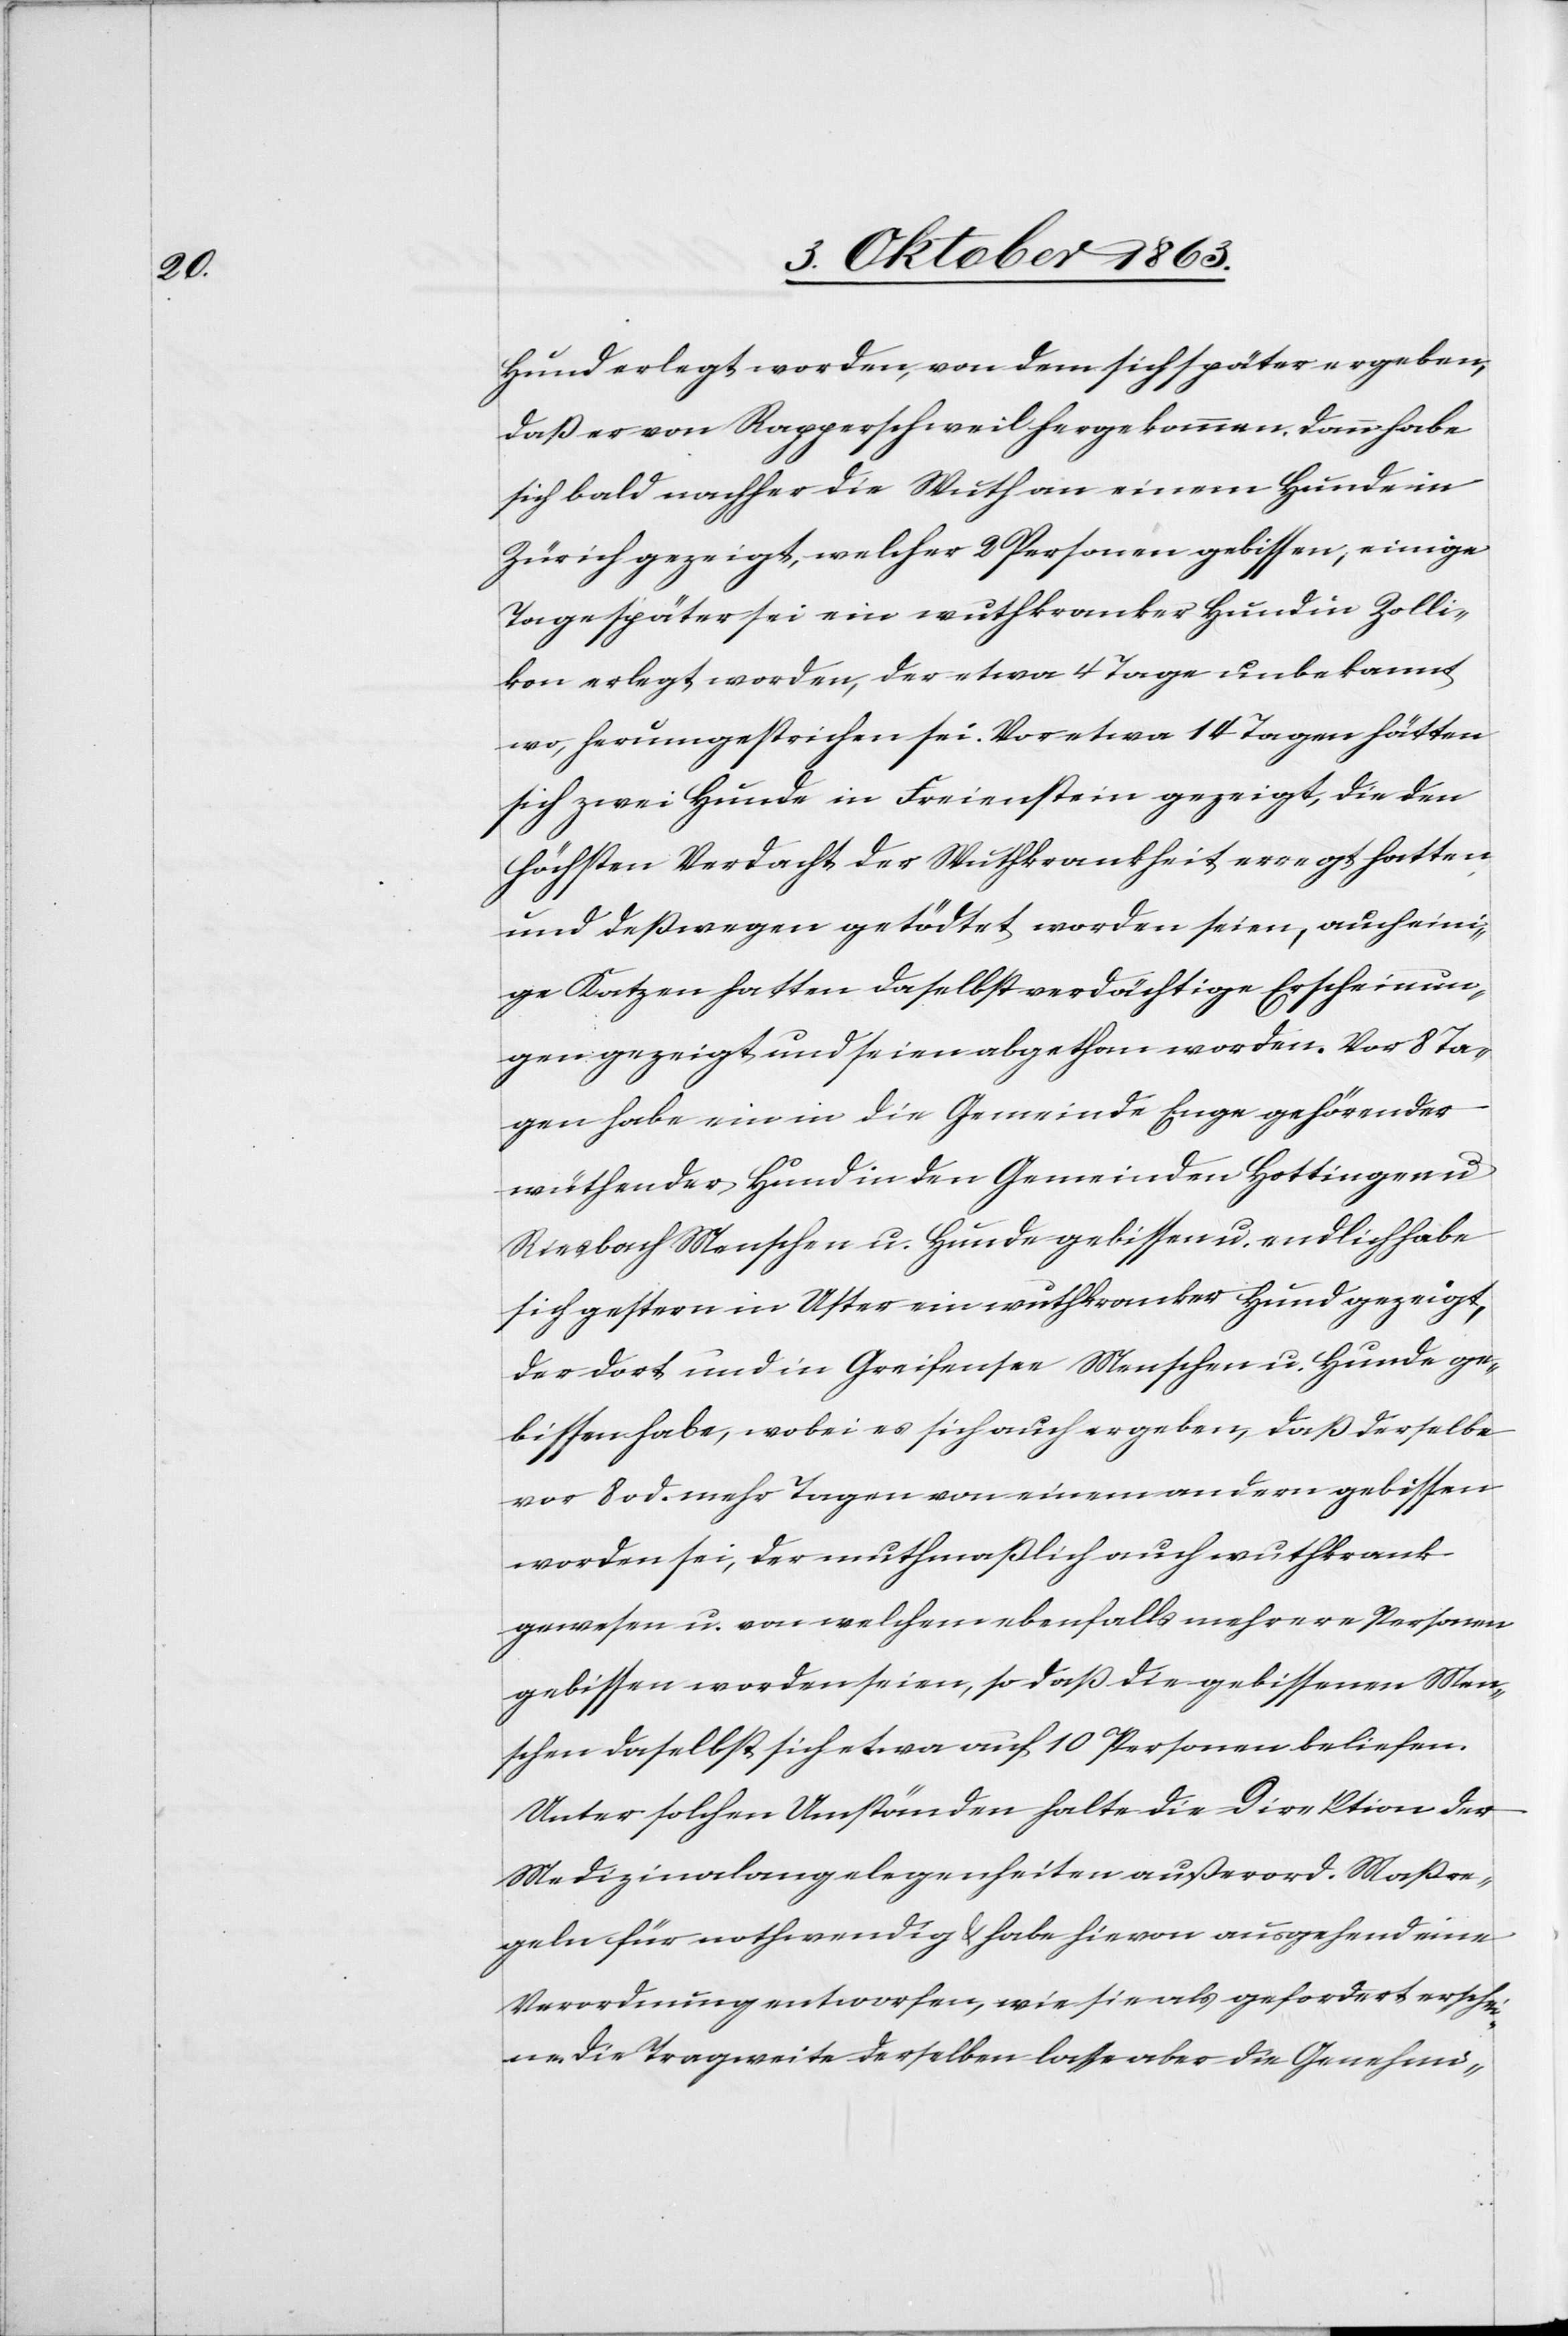
Hund erlegt worden, von dem sich später ergeben,
daß er von Rapperschweil hergekommen. Dann habe
sich bald nachher die Wuth an einem Hunde in
Zürich gezeigt, welcher 2 Personen gebissen, einige
Tage später sei ein wuthkranker Hund in Zolli¬
kon erlegt worden, der etwa 4 Tage unbekannt
wo, herumgestrichen sei. Vor etwa 14 Tagen hätten
sich zwei Hunde in Freienstein gezeigt, die den
höchsten Verdacht der Wuthkrankheit erregt hatten
und deßwegen getödtet worden seien, auch eini¬
ge Katzen hatten daselbst verdächtige Erscheinun¬
gen gezeigt und seien abgethan worden. Vor 8 Ta¬
gen habe ein in die Gemeinde Enge gehörender
wüthender Hund in den Gemeinden Hottingen u.
Riesbach Menschen u. Hunde gebissen u. endlich habe
sich gestern in Uster ein wuthkranker Hund gezeigt,
der dort und in Greifensee Menschen u. Hunde ge¬
bissen habe, wobei es sich auch ergeben, daß derselbe
vor 8 od. mehr Tagen von einem andern gebissen
worden sei, der muthmaßlich auch wuthkrank
gewesen u. von welchem ebenfalls mehrere Personen
gebissen worden seien, so daß die gebissenen Men¬
schen daselbst sich etwa auf 10 Personen beliefen.
Unter solchen Umständen halte die Direktion der
Medizinalangelegenheiten außerord. Maßre¬
geln für nothwendig & habe hievon ausgehend eine
Verordnung entworfen, wie sie als gefordert erschei¬
ne. Die Tragweite derselben lasse aber die Genehmi-